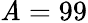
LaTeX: \mathit{A}=99